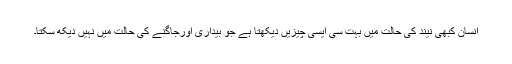
انسان کبھی نیند کی حالت میں بہت سی ایسی چیزیں دیکھتا ہے جو بیداری اورجاگنے کی حالت میں نہیں دیکھ سکتا۔